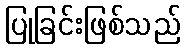
ပြုခြင်းဖြစ်သည်